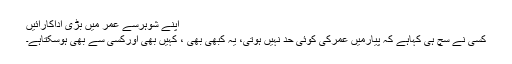
اپنے شوہرسے عمر میں بڑی اداکارائیں
کسی نے سچ ہی کہاہے کہ پیارمیں عمرکی کوئی حد نہیں ہوتی، یہ کبھی بھی ، کہیں بھی اورکسی سے بھی ہوسکتاہے۔